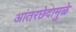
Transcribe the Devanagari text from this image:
आंतरछेदामुळे